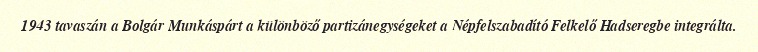
1943 tavaszán a Bolgár Munkáspárt a különböző partizánegységeket a Népfelszabadító Felkelő Hadseregbe integrálta.